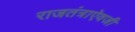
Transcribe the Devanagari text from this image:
राजतंत्राऐवजी